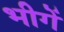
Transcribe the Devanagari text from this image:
भीगें